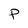
Character: P